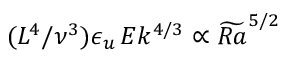
( L ^ { 4 } / \nu ^ { 3 } ) \epsilon _ { u } \, E k ^ { 4 / 3 } \propto \widetilde { R a } ^ { 5 / 2 }